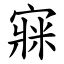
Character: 㝥